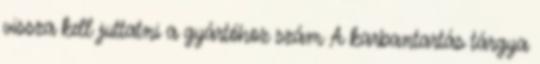
vissza kell juttatni a gyártóhoz szám A karbantartás tárgya